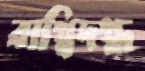
বাগ্‌বিদগ্ধ